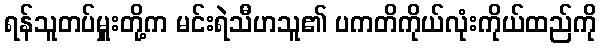
ရန်သူတပ်မှူးတို့က မင်းရဲသီဟသူ၏ ပကတိကိုယ်လုံးကိုယ်ထည်ကို